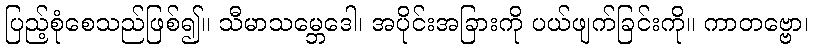
ပြည့်စုံစေသည်ဖြစ်၍။ သီမာသမ္ဘေဒေါ၊ အပိုင်းအခြားကို ပယ်ဖျက်ခြင်းကို။ ကာတဗ္ဗော၊